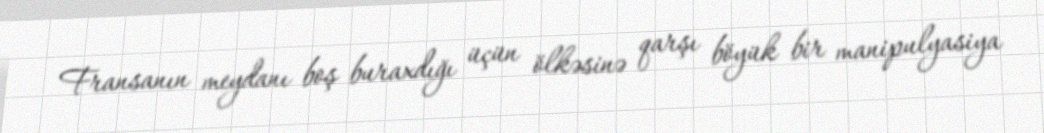
Fransanın meydanı boş buraxdığı üçün ölkəsinə qarşı böyük bir manipulyasiya